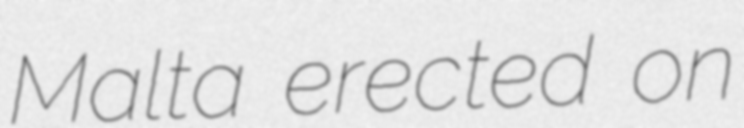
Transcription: Malta erected on